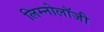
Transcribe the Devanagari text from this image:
लिम्नोलॉजी